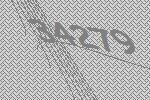
34279